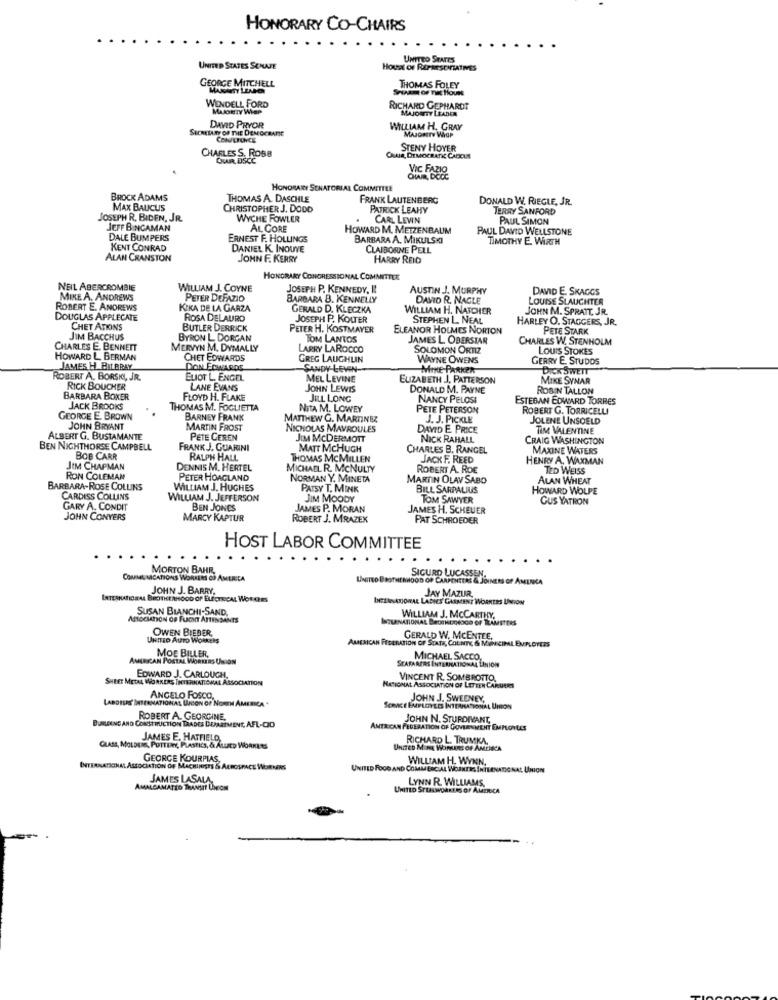
HONORARY CO-CHAIRS
UNITED STATES
UNITED STATES SENAJE
HOUSE OF REPRESENTATIVES
GEORGE MITCHELL
Seuamt of niet House
THOMAS FOLEY
WENDELL FORD
MAJORITY WEP
RICHARD GEPHARDT
MAJORITY LEADER
SECRETARY OF THE DEMOCRATIE
DAVID PRYOR
WILLIAM H. GRAY
CONFERENCE
MAJORITY WIGP
STENY HOYER
CHARLES S. ROBB
OUAR DSCC
Que, DEMOCRATIC CADCUS
HONORARY SENATORIAL COMMITTEE
BROCK ADAMS
THOMAS A. DASCHLE
FRANK LAUTENBERG
DONALD W. RIEGLE, JR.
MAX BAUCUS
CHRISTOPHER J. DODD
PATRICK LEAHY
TERRY SANFORD
JOSEPH R. BIDEN, JR.
WYCHE FOWLER
CARL LEVIN
PAUL SIMON
JEFF BINGAMAN
AL CORE
HOWARD M. METZENBAUM
PAUL DAVID WELLSTONE
DALE BUMPERS
ERNEST F. HOLLINGS
BARBARA A. MIKULSKI
TIMOTHY E. WIRTH
KENT CONRAD
DANIEL K. INOUYE
CLAIBORNE PELL
ALAN CRANSTON
JOHN F. KERRY
HARRY REID
HONORARY CONGRESSIONAL COMMITTEE
NEIL ABERCROMBIE
WILLIAM J. COYNE
JOSEPH P. KENNEDY, I!
AUSTIN J. MURPHY
DAVID E. SKAGGS
MIKE A. ANDREWS
PETER DEFAZIO
BARBARA B. KENNELLY
DAWO R. NAGLE
LOUISE SLAUGHTER
ROBERT E. ANDREWS
KIKA DE LA GARZA
GERALD D. KLECZKA
WILLIAM H. NATCHER
JOHN M. SPRATT, JR.
DOUGLAS APPLECATE
ROSA DELAURO
JOSEPH P. KOUTER
STEPHEN L. NEAL
HARLEY O. STAGGERS, JR.
CHET ATKINS
BUTLER DERRICK
PETER H. KOSTMAYER
ELEANOR HOLMES NORTON
PETE STARK
JIM BACCHUS
BYRON L. DORGAN
TOM LANTOS
JAMES L. ODERSTAR
CHARLES W. STENHOLM
CHARLES E. BENNETT
MERVYN M. DYMALLY
LARRY LAROCCO
SOLOMON ORTIZ
LOUIS STOKES
HOWARD L. BERMAN
CHET EDWARDS
GREG LAUGHLIN
WAYNE OWENS
GERRY E. STUDOS
JAMES H_BILBRAY
DON EDWARDS
SANDY LEVIN
MINE-PARKER
DICK SWETT
ROBERT A. BORSKI, JR.
ELIOT L. ENGEL
MEL LEVINE
ELIZABETH J, PATTERSON
MIKE SYNAR
RICK BOUCHER
LANE EVANS
JOHN LEWIS
DONALD M. PAYNE
ROSIN TALLON
BARBARA BOXER
FLOYD H. FLAKE
JILL LONG
NANCY PELOSI
ESTEBAN EDWARD TORRES
JACK BROOKS
THOMAS M. FOGLIETTA
NitA M. LOWEY
PETE PETERSON
ROBERT G. TORRICELLI
GEORGE E. BROWN
BARNEY FRANK
MATTHEW G. MARTINEZ
J. J. PICKLE
JOLENE UNSOELD
JOHN BRYANT
MARTIN FROST
NICHOLAS MAVROULES
DAVID E PRICE
TIM VALENTINE
ALBERT G. BUSTAMANTE
PETE CEREN
JIM MCDERMOTT
NICK RAHALL
CRAIG WASHINGTON
BEN NIGHTHORSE CAMPBELL
FRANK J. GUARINI
MATT MCHUGH
CHARLES B. RANGEL
MAXINE WATERS
BOB CARR
RALPH HALL
THOMAS MCMILLEN
JACK F. REED
HENRY A. WUMAN
JIM CHAPMAN
DENNIS M. HERTEL
MICHAEL R. MCNULTY
ROBERT A. ROE
TED WEISS
RON COLEMAN
PETER HOAGLAND
NORMAN Y. MINETA
MARTIN OLAV SABO
ALAN WHEAT
BARBARA-ROSE COLLINS
WILLIAM J. HUGHES
PATSY T. MINK
BILL SARPALIUS
HOWARD WOLPE
CARDISS COLLINS
WILLIAM J. JEFFERSON
JIM MOODY
TOM SAWYER
GUS YATRON
GARY A. CONDIT
BEN JONES
JAMES P. MORAN
JAMES H. SCHEUER
JOHN CONYERS
MARCY KAPTUR
ROBERT J. MRAZEX
PAT SCHROEDER
HOST LABOR COMMITTEE
MORTON BAHR,
COMMUNICATIONS WORKERS OF AMERICA
UNITED BROTHERHOOD OF CARPENTERS & JOIN
SIGURD LUCASSEN.
AS OF AMERICA
JOHN J. BARRY.
INTERNATIONAL BROTHERHOOD OF ELECTECAL WORKERS
DELANATIONAL LADIES GARMENT WORNTES UNION
JAY MAZUR
SUSAN BIANCHI-SAND,
ASSOCIATION OF FUCKT ATTENDANTS
ZURNATIONAL BROTHERHOGG OF TEAMSTERS
WILLIAM J. MCCARTHY,
OWEN BIEBER,
UNITED Auto Workers
AMERICAN FEDERATION OF STATE, COLNTK & MUN CIPAL EMPLOYEES
GERALD W. MCENTEE.
AMERICAN PORTAL WORKERS UNION
MOE BILLER,
SEAFARERS INTERNATIONAL LINION
MICHAEL SACCO,
SHEET METAL WORKERS INTERNATIONAL ASSOCIATION
EDWARD J. CARLOUGH
VINCENT R. SOMBROTTO.
NATIONAL ASSOCIATION OF LETTER CARUNE
SIS' INTERNATIONAL UNION OF NORTH AMERICA .
ANGELO FOSCO.
JOHN J. SWEENEY,
SORNICE EMPLOYEES INTERNATIONAL UNION
BUILDING AND CONSTRUCTION TRADES DEPARTMENT, AFL-CIO
ROBERT A. GEORGINE.
JOHN N. STURDIVANT,
AMERICAN FEDERATION OF GOVERNMENT EMMOYLES
JAMES E. HATFIELD,
RICHARD L. TRUMKA.
GLASS, MOLDERS, POTTERY, PLASTICS, & ALLIED WORKERS
UNITED MINE WORKERS OF AMERICA
GEORGE KOURPIAS,
WILLIAM H. WYNN,
INTERNATIONAL ASSOCIATION OF MACHINISTS & AEROSPACE WORKERS
UNITED FOOD AND COMMERCIAL WORKERS INTERNATIONAL, UNION
JAMES LASALA
LYNN R. WILLIAMS.
AMALGAMATED TRANSIT UNION
UNITED STEELWORKERS OF AMERICA